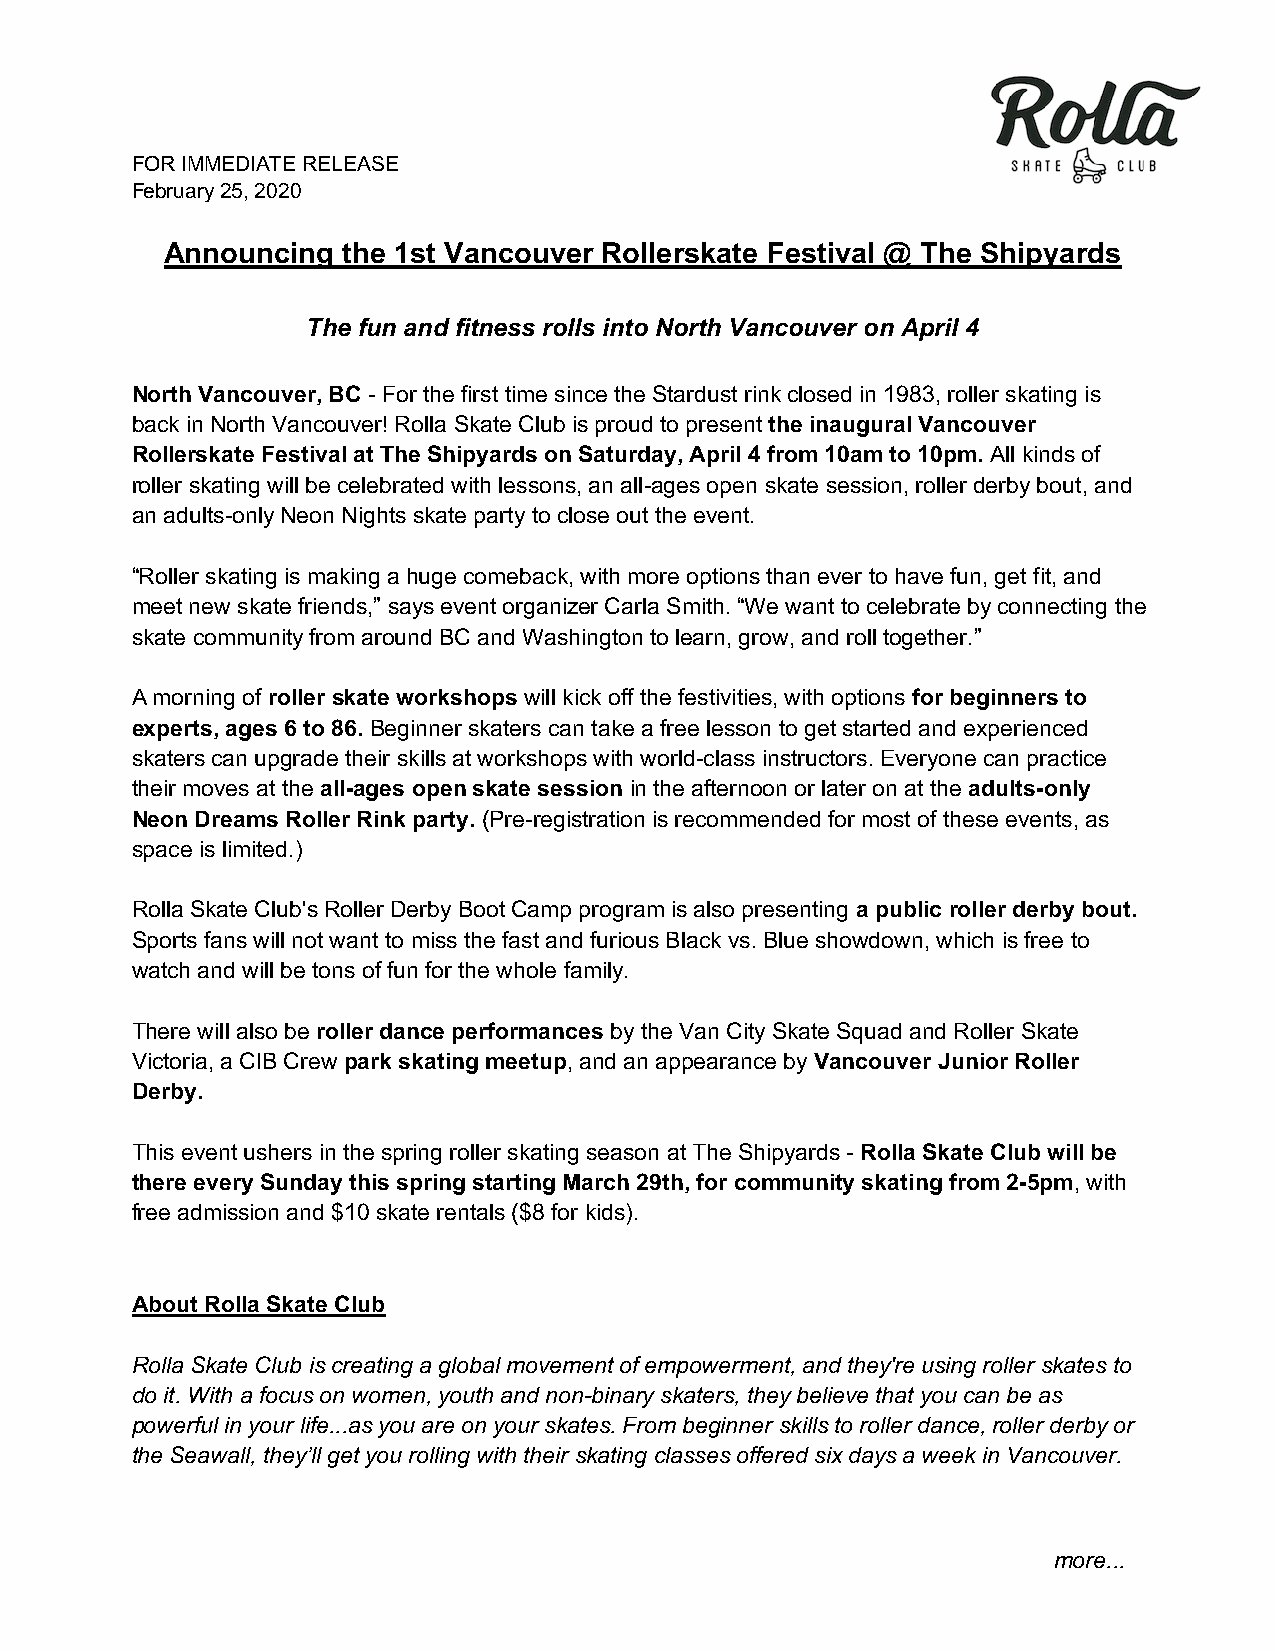
FOR IMMEDIATE RELEASE
 February 25, 2020
 Announcing  the 1st Vancouver Rollerskate Festival @ The Shipyards
 The fun and fitness rolls into North Vancouver on April 4
 North Vancouver, BC - For the first time since the Stardust rink closed in 1983, roller skating is
 back in North Vancouver! Rolla Skate Club is proud to present the inaugural Vancouver
 Rollerskate Festival at The Shipyards on Saturday, April 4 from 10am to 10pm. All kinds of
 roller skating will be celebrated with lessons, an all-ages open skate session, roller derby bout, and
 an adults-only Neon Nights skate party to close out the event.
 “Roller skating is making a huge comeback, with more options than ever to have fun, get fit, and
 meet new skate friends,” says event organizer Carla Smith. “We want to celebrate by connecting the
 skate community from around BC and Washington to learn, grow, and roll together.”
 A morning of roller skate workshops will kick off the festivities, with options for beginners to
 experts, ages 6 to 86. Beginner skaters can take a free lesson to get started and experienced
 skaters can upgrade their skills at workshops with world-class instructors. Everyone can practice
 their moves at the all-ages open skate session in the afternoon or later on at the adults-only
 Neon Dreams Roller Rink party. (Pre-registration is recommended for most of these events, as
 space is limited.)
 Rolla Skate Club's Roller Derby Boot Camp program is also presenting a public roller derby bout.
 Sports fans will not want to miss the fast and furious Black vs. Blue showdown, which is free to
 watch and will be tons of fun for the whole family.
 There will also be roller dance performances by the Van City Skate Squad and Roller Skate
 Victoria, a CIB Crew park skating meetup, and an appearance by Vancouver Junior Roller
 Derby.
 This event ushers in the spring roller skating season at The Shipyards - Rolla Skate Club will be
 there every Sunday this spring starting March 29th, for community skating from 2-5pm, with
 free admission and $10 skate rentals ($8 for kids).
 About Rolla Skate Club
 Rolla Skate Club is creating a global movement of empowerment, and they're using roller skates to
 do it. With a focus on women, youth and non-binary skaters, they believe that you can be as
 powerful in your life...as you are on your skates. From beginner skills to roller dance, roller derby or
 the Seawall, they’ll get you rolling with their skating classes offered six days a week in Vancouver.
 more...